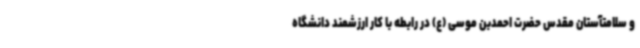
و سلامتآستان مقدس حضرت احمدبن موسی (ع) در رابطه با کار ارزشمند دانشگاه